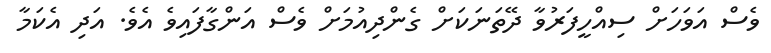
ވެސް އަވަހަށް ސިއްހީފަރުވާ ދޭތަނަކަށް ގެންދިއުމަށް ވެސް އަންގާފައިވެ އެވެ. އަދި އެކަމާ